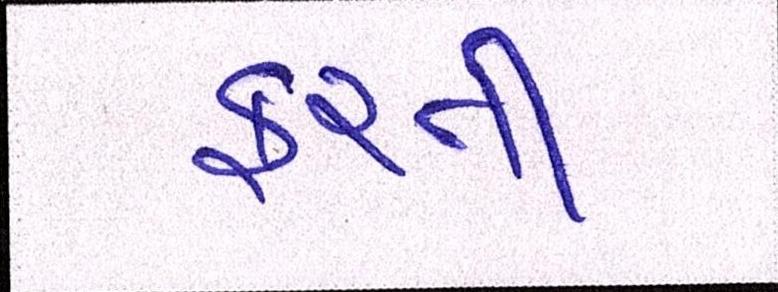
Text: ફરતી